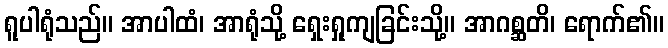
ရူပါရုံသည်။ အာပါထံ၊ အာရုံသို့ ရှေးရှုကျခြင်းသို့။ အာဂစ္ဆတိ၊ ရောက်၏။